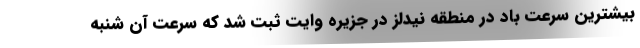
بیشترین سرعت باد در منطقه نیدلز در جزیره وایت ثبت شد که سرعت آن شنبه